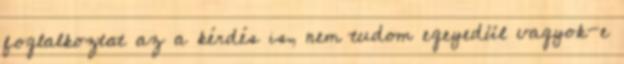
foglalkoztat az a kérdés is, nem tudom egeyedül vagyok-e